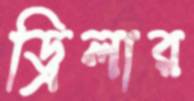
ড্রিলার